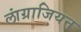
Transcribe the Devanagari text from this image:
लांग्राजियन